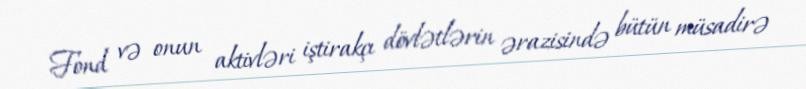
Fond və onun aktivləri iştirakçı dövlətlərin ərazisində bütün müsadirə